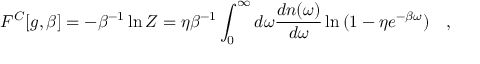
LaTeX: F ^ { C } [ g , \beta ] = - \beta ^ { - 1 } \ln Z = \eta \beta ^ { - 1 } \int _ { 0 } ^ { \infty } d \omega { \frac { d n ( \omega ) } { d \omega } } \ln { ( 1 - \eta e ^ { - \beta \omega } ) } ~ ~ ~ ,